Trukikaitis_Postimees, lk 17
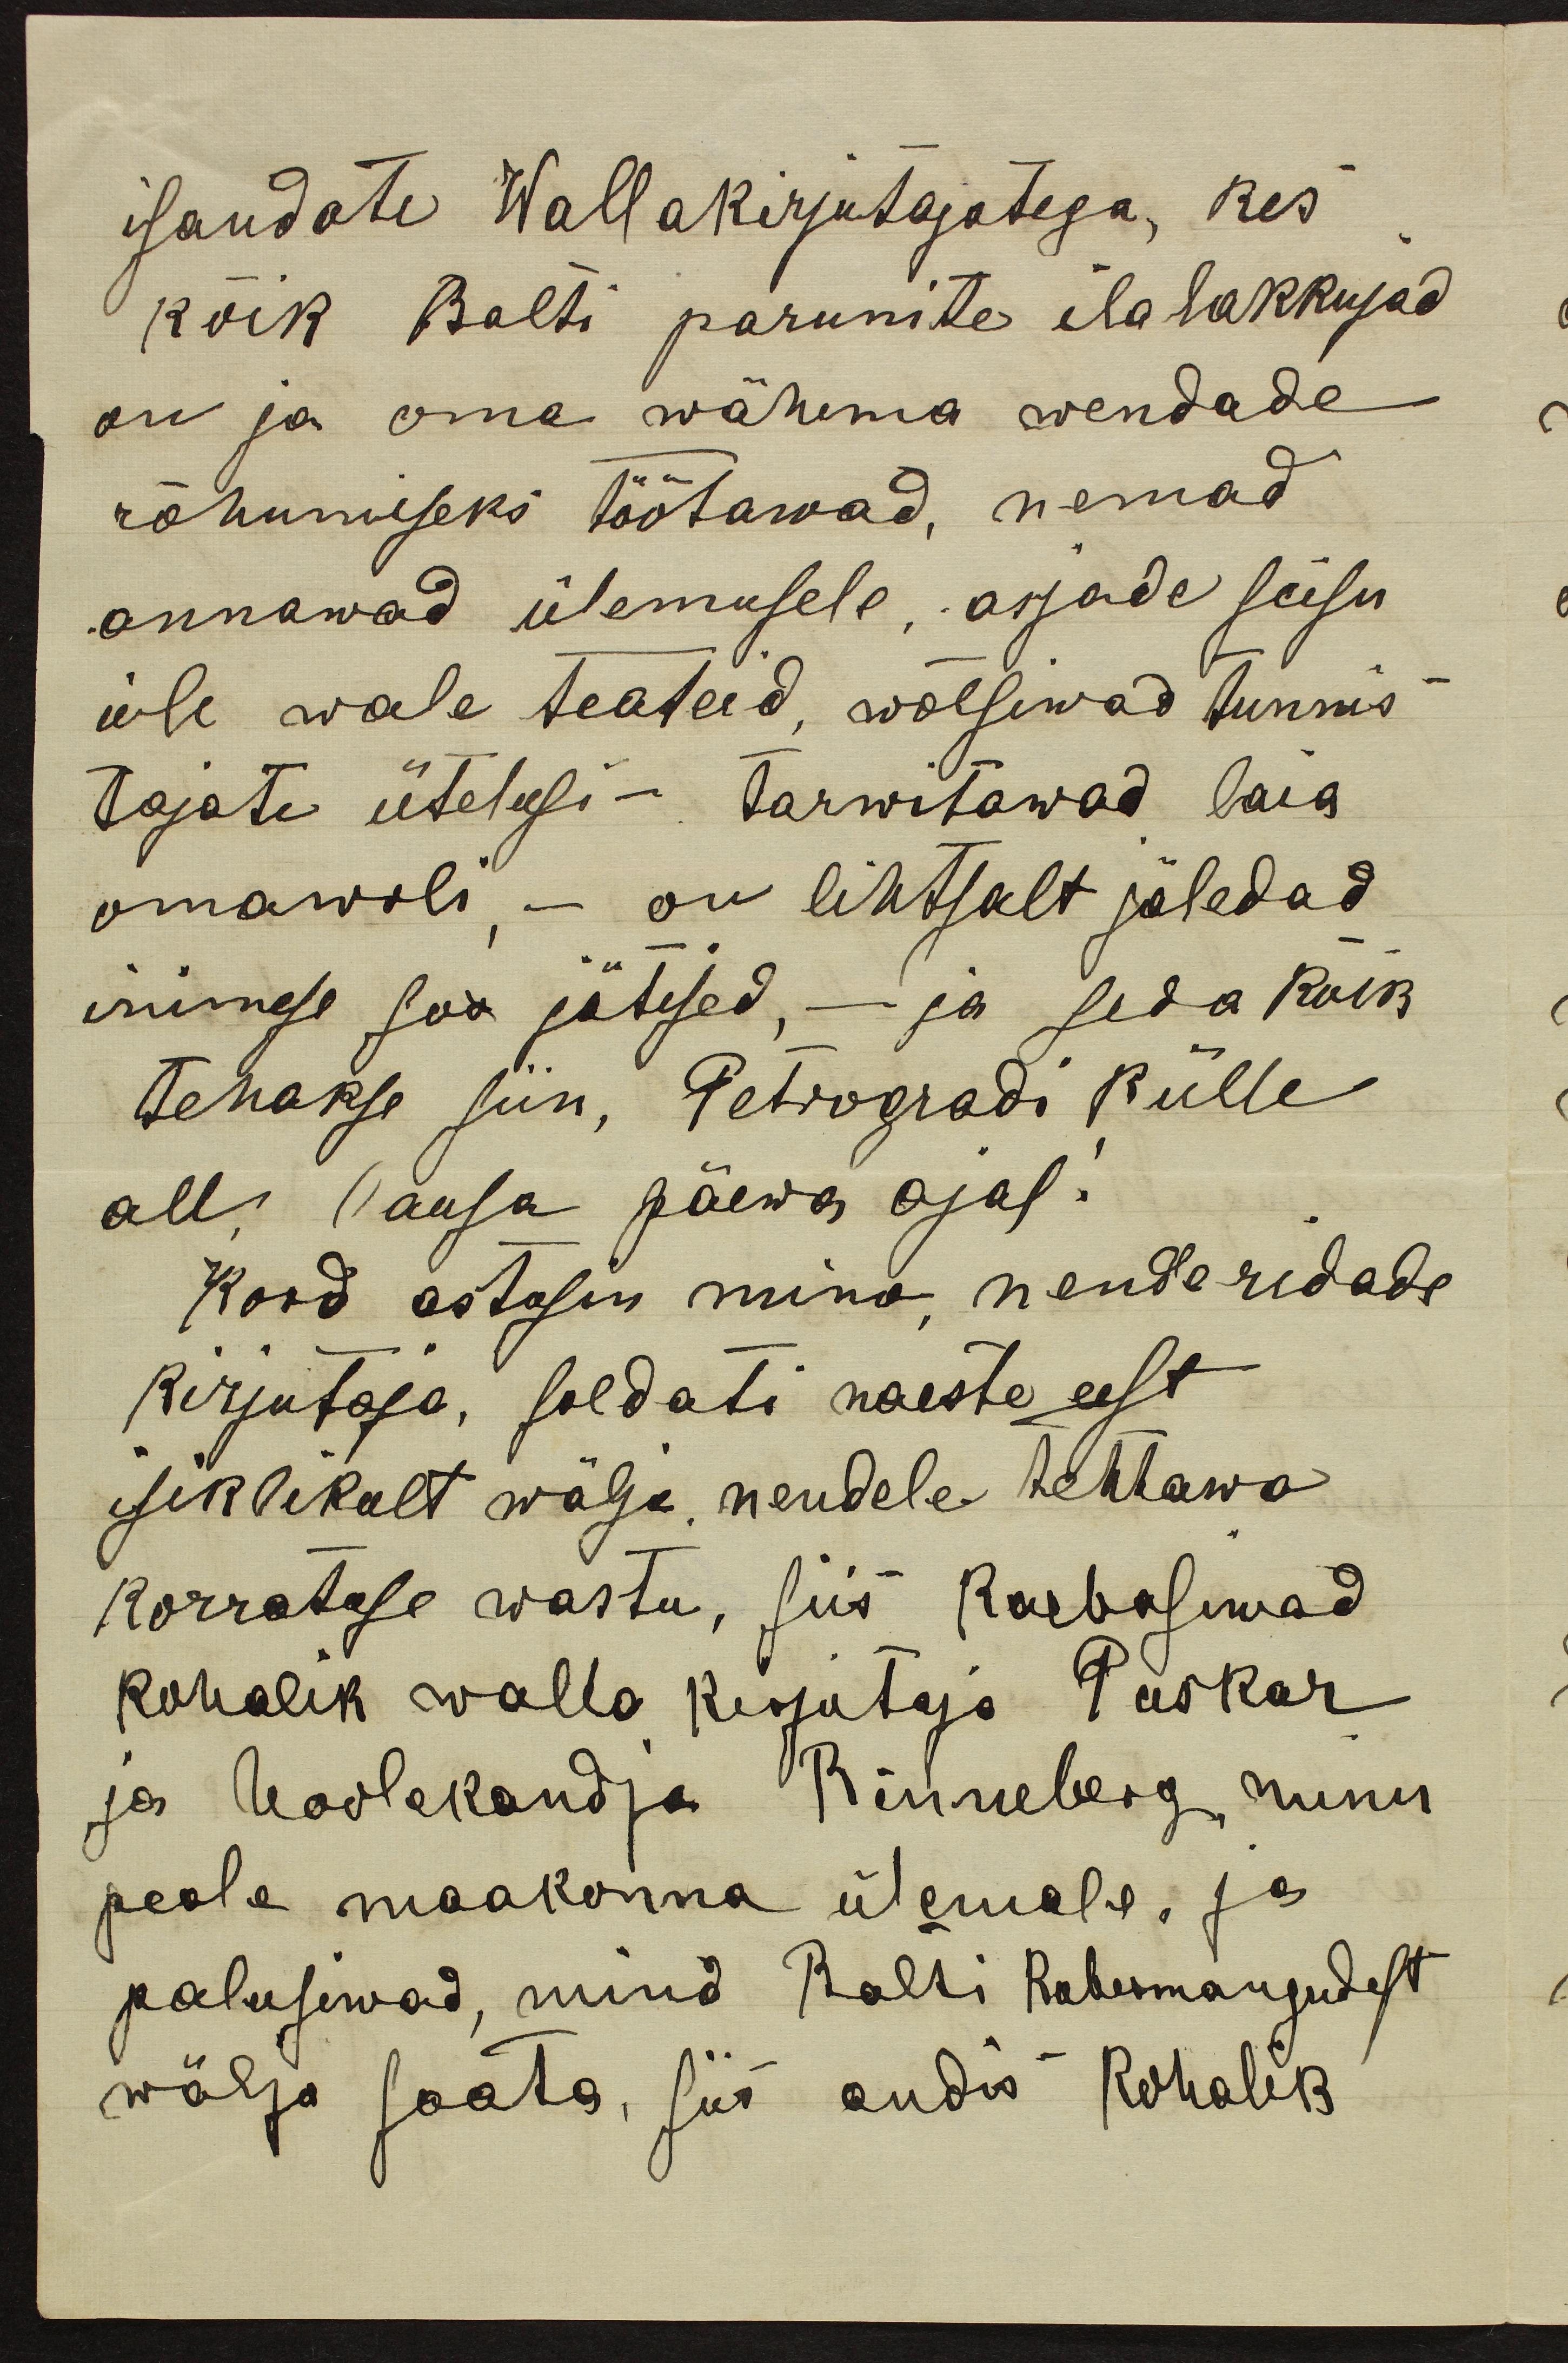
isandate Wallakirjutajatega, kes
kõik Balti parunite ilalakkujad
on ja oma wähema wendade
rõhumiseks töötawad, nemad
annawad ülemusele asjade seisu
üle wale teateid, wõlsiwad tunnis
tajate ütelusi - tarwitawad laia
omawoli - on lihtsalt jäledad
inimese soo jätised, - ja seda kõik
tehakse siin, Petrogradi külle
all, lausa päewa ajal!
Kord astusin mina nende ridade
kirjutaja, soldati naeste eest
isiklikult wälja nendele tehtawa
korratuse wastu, siis kaebasiwad
kohalik walla kirjutaja Puskar
ja hoolekandja Rinneberg minu
peale maakonna ülemale, ja
palusiwad, mind Balti Kubermangudest
wälja saata, siis andis kohalik